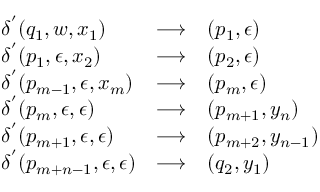
\begin{array} { l c l } { \delta ^ { ' } ( q _ { 1 } , w , x _ { 1 } ) } & { \longrightarrow } & { ( p _ { 1 } , \epsilon ) } \\ { \delta ^ { ' } ( p _ { 1 } , \epsilon , x _ { 2 } ) } & { \longrightarrow } & { ( p _ { 2 } , \epsilon ) } \\ { \delta ^ { ' } ( p _ { m - 1 } , \epsilon , x _ { m } ) } & { \longrightarrow } & { ( p _ { m } , \epsilon ) } \\ { \delta ^ { ' } ( p _ { m } , \epsilon , \epsilon ) } & { \longrightarrow } & { ( p _ { m + 1 } , y _ { n } ) } \\ { \delta ^ { ' } ( p _ { m + 1 } , \epsilon , \epsilon ) } & { \longrightarrow } & { ( p _ { m + 2 } , y _ { n - 1 } ) } \\ { \delta ^ { ' } ( p _ { m + n - 1 } , \epsilon , \epsilon ) } & { \longrightarrow } & { ( q _ { 2 } , y _ { 1 } ) } \end{array}